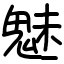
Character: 魅